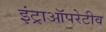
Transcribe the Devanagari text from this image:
इंट्राऑपरेटीव